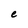
Character: e